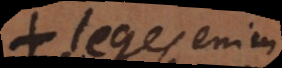
leges enim